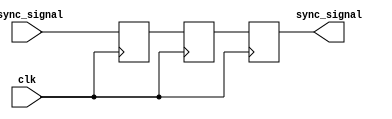
module async_to_sync_converter (
    input wire clk,           // System clock
    input wire async_signal,  // Asynchronous input signal
    output reg sync_signal    // Synchronized output signal
);

// Internal signals for the dual-flip-flop synchronizer
reg async_signal_ff1; // First flip-flop
reg async_signal_ff2; // Second flip-flop

// Asynchronous to synchronous conversion logic
always @(posedge clk) begin
    async_signal_ff1 <= async_signal; // Sample the asynchronous signal
    async_signal_ff2 <= async_signal_ff1; // Sample the output of the first flip-flop
end

// Output logic: the synchronized output is the output of the second flip-flop
always @(posedge clk) begin
    sync_signal <= async_signal_ff2; // Update sync_signal with the stable state
end

endmodule